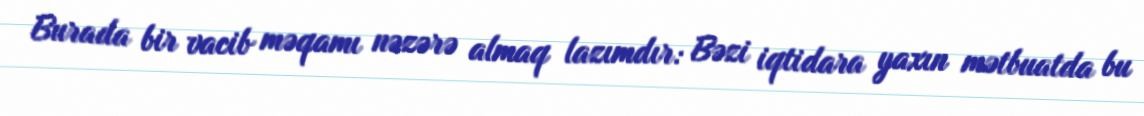
Burada bir vacib məqamı nəzərə almaq lazımdır: Bəzi iqtidara yaxın mətbuatda bu